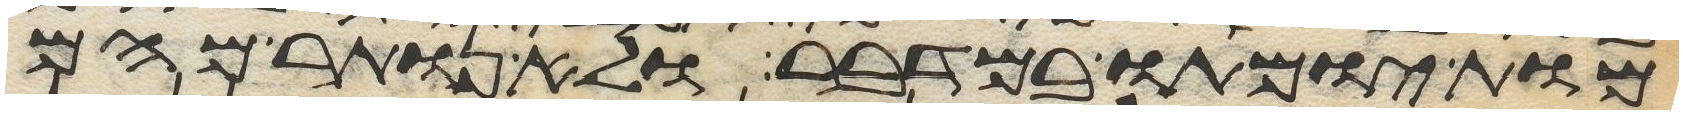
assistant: מות ימותו במדבר ולא נותר מהם